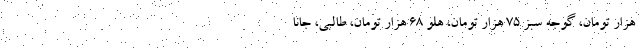
هزار تومان، گوجه سبز ۷۵ هزار تومان، هلو ۶۸ هزار تومان، طالبی، جانا